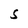
Character: S